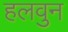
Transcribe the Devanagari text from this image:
हलवुन